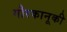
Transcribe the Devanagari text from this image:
गौरकानूकी